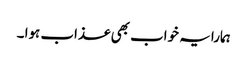
ہمارا یہ خواب بھی عذاب ہوا ۔